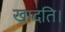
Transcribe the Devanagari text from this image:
खादति।